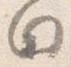
白